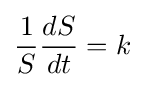
{\frac {1}{S}}{\frac {dS}{dt}}=k